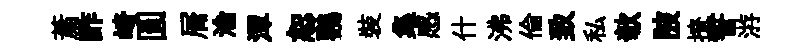
䔥酢崎圓屑淪潭恕鸚裝集感什沸倫致私欹陂撩誓㳺